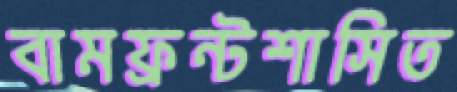
বামফ্রন্টশাসিত